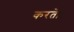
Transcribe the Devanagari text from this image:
करते।।